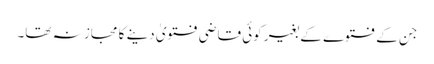
جن کے فتوے کے بغیر کوئی قاضی فتویٰ دینے کا مجاز نہ تھا۔